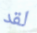
لقد